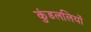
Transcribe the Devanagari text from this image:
कुंडललियों